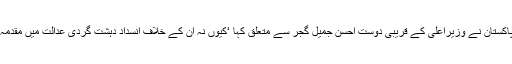
چیف جسٹس پاکستان نے وزیراعلیٰ کے قریبی دوست احسن جمیل گجر سے متعلق کہا ‘کیوں نہ ان کے خلاف انسداد دہشت گردی عدالت میں مقدمہ چلایا جائے’۔